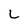
Character: L